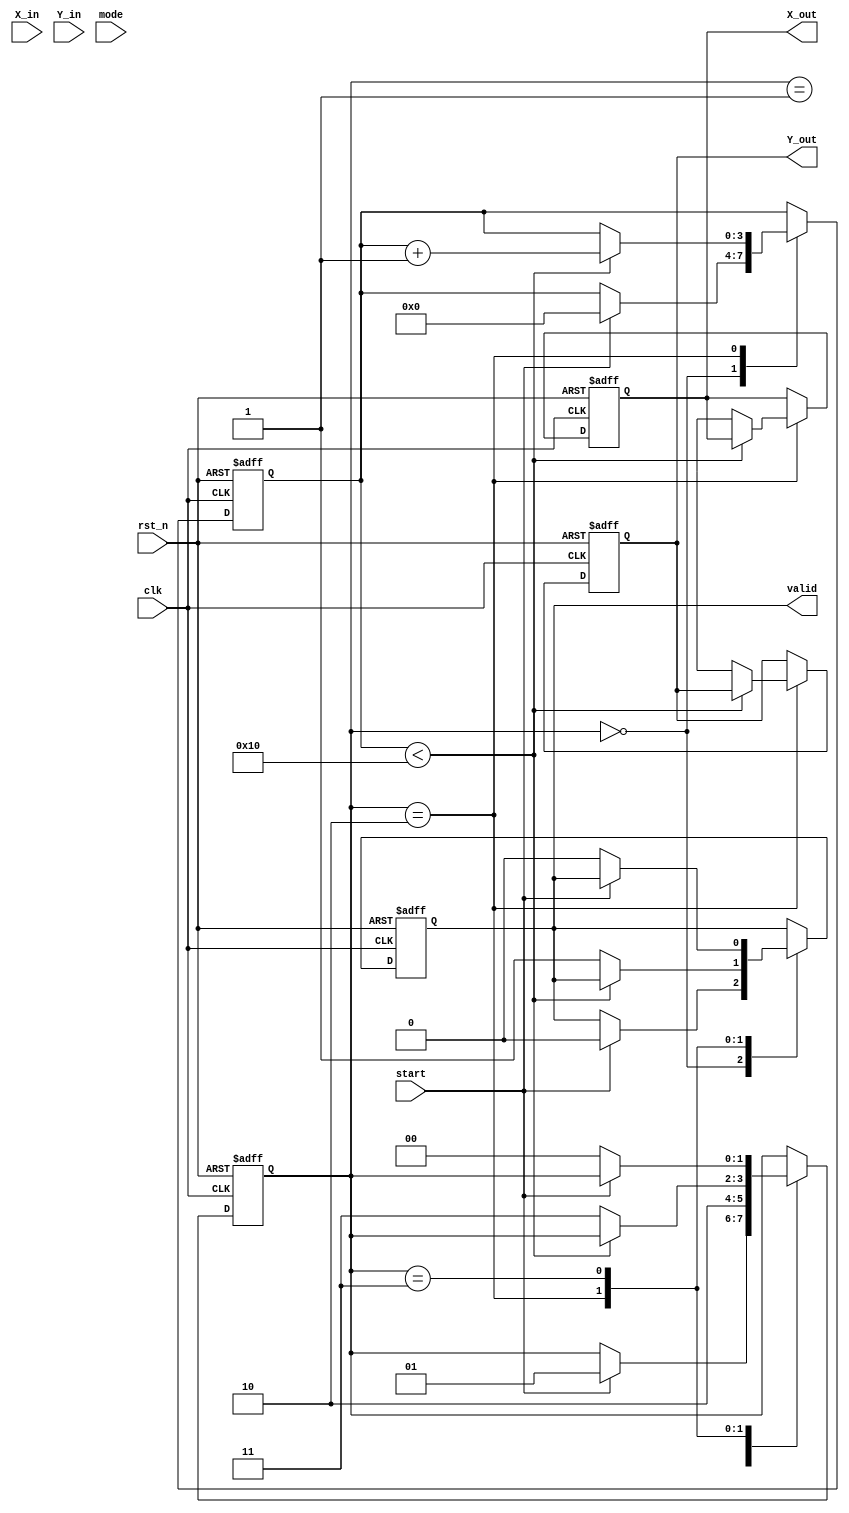
module hyperbolic_cordic (
    input wire clk,
    input wire rst_n,
    input wire [15:0] X_in,   // Input X
    input wire [15:0] Y_in,   // Input Y
    input wire [1:0] mode,    // Mode select: 00 for sinh, 01 for cosh
    input wire start,          // Start signal
    output reg [15:0] X_out,   // Output X
    output reg [15:0] Y_out,   // Output Y
    output reg valid           // Output valid signal
);

    // Parameters
    parameter N = 16; // Number of iterations (precision)
    parameter K = 16'h1C8F; // Scaling factor (fixed point representation)

    // Internal signals
    reg [15:0] X [0:N-1]; // X values for iterations
    reg [15:0] Y [0:N-1]; // Y values for iterations
    reg [3:0] iteration;  // Iteration counter
    reg [1:0] state;      // FSM state

    // CORDIC angle lookup for hyperbolic functions
    reg [15:0] angle [0:N-1]; // Hyperbolic angles (fixed point)

    // FSM states
    localparam IDLE = 2'b00, INIT = 2'b01, CALC = 2'b10, DONE = 2'b11;

    // Initialize angles for hyperbolic functions
    initial begin
        // Pre-computed hyperbolic angles
        angle[0] = 16'h1; // atan(1) = 1
        angle[1] = 16'h1; // atan(1) = 1
        // Fill in other angles as needed...
    end

    // State machine for operation
    always @(posedge clk or negedge rst_n) begin
        if (!rst_n) begin
            state <= IDLE;
            iteration <= 0;
            valid <= 0;
            X_out <= 0;
            Y_out <= 0;
        end else begin
            case (state)
                IDLE: begin
                    if (start) begin
                        X[0] <= X_in;
                        Y[0] <= Y_in;
                        iteration <= 0;
                        valid <= 0;
                        state <= INIT;
                    end
                end
                INIT: begin
                    // Initialize values for the first iteration
                    X[iteration] <= X[0];
                    Y[iteration] <= Y[0];
                    state <= CALC;
                end
                CALC: begin
                    if (iteration < N) begin
                        // Perform CORDIC rotation based on mode
                        if (mode == 2'b00) begin // sinh
                            X[iteration+1] <= X[iteration] + (Y[iteration] >>> iteration);
                            Y[iteration+1] <= Y[iteration] + (X[iteration] >>> iteration);
                        end else if (mode == 2'b01) begin // cosh
                            X[iteration+1] <= X[iteration] - (Y[iteration] >>> iteration);
                            Y[iteration+1] <= Y[iteration] - (X[iteration] >>> iteration);
                        end
                        iteration <= iteration + 1;
                    end else begin
                        // Final output after N iterations
                        X_out <= X[N];
                        Y_out <= Y[N];
                        valid <= 1;
                        state <= DONE;
                    end
                end
                DONE: begin
                    if (!start) begin
                        valid <= 0;
                        state <= IDLE;
                    end
                end
            endcase
        end
    end

endmodule